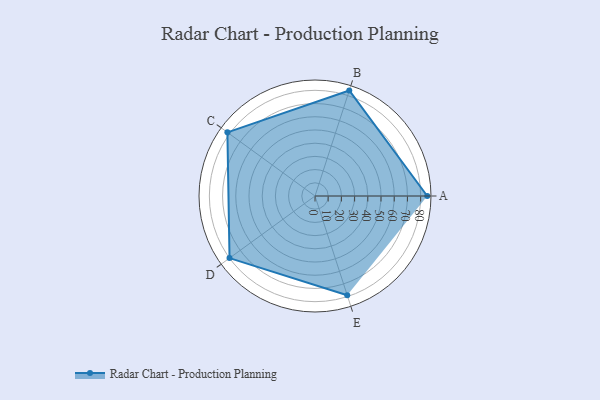
{"axis": {"x": "Skill", "y": "Score"}, "legend": ["Profile"], "data": [{"x": "A", "y": 85.0, "type": "Profile"}, {"x": "B", "y": 84.0, "type": "Profile"}, {"x": "C", "y": 82.0, "type": "Profile"}, {"x": "D", "y": 80.0, "type": "Profile"}, {"x": "E", "y": 79.0, "type": "Profile"}]}